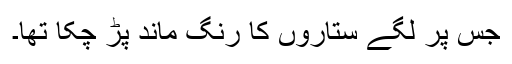
جس پر لگے ستاروں کا رنگ ماند پڑ چکا تھا۔